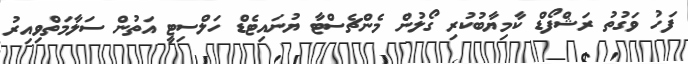
ފަހު ވަގުތު ރަޝްފޯޑް ކާމިޔާބުކުރި ގޯލުން މެންޗެސްޓާ ޔުނައިޓެޑް ހަލްސިޓީ އަތުން ސަލާމަތްވިއިރު